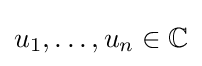
u_{1},\ldots ,u_{n}\in \mathbb {C}